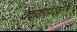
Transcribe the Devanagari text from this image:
वेंकटराघवनने